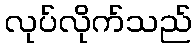
လုပ်လိုက်သည်